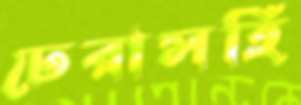
ঢেরাসহি